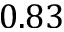
0 . 8 3